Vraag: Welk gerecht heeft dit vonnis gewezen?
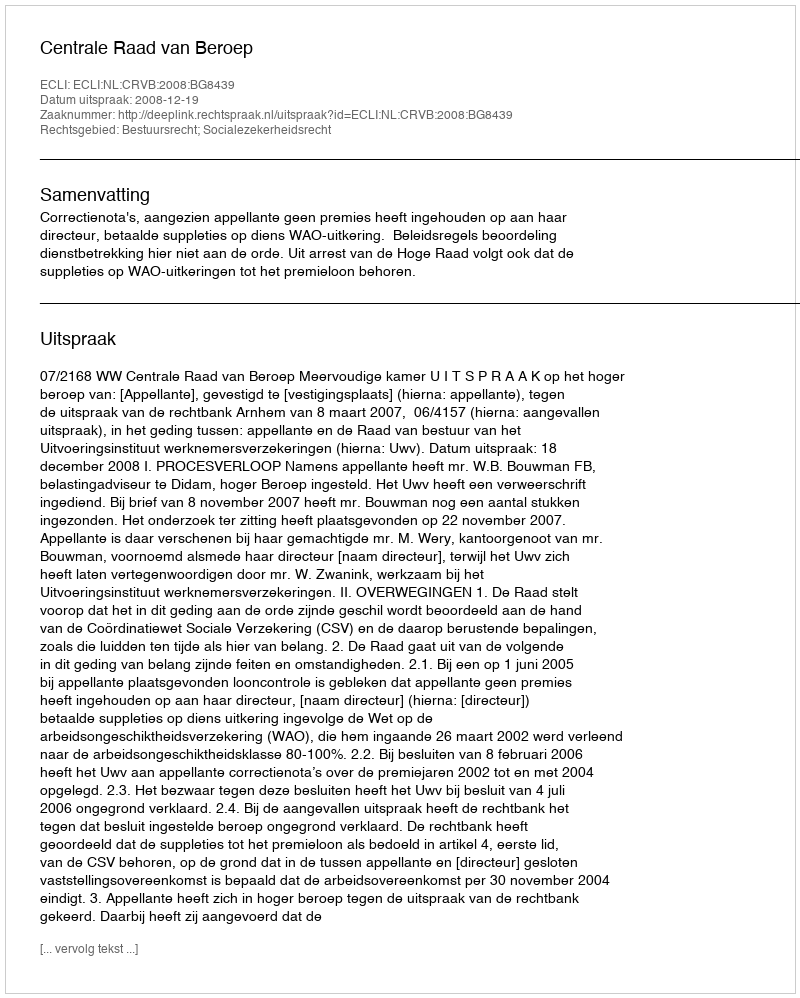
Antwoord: Centrale Raad van Beroep